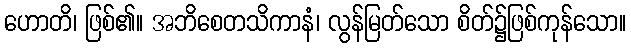
ဟောတိ၊ ဖြစ်၏။ အဘိစေတသိကာနံ၊ လွန်မြတ်သော စိတ်၌ဖြစ်ကုန်သော။